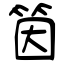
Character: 筃